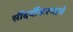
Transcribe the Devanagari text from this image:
सौंदर्यीकरणाचे